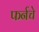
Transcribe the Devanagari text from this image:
फर्नचे